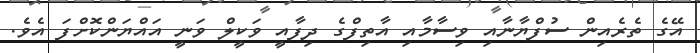
އޭގެ ތެރެއިން ސުފްޔާނާއި ވިސާމާއި އާތިފްގެ ދިފާއީ ވަކީލް ވަނީ އައްޔަންކޮށްފަ އެވެ.